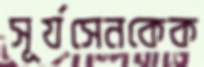
সূর্যসেনকেক